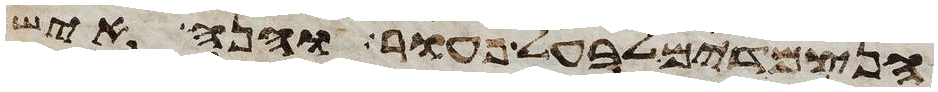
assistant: הנצמדים לבעל פעור והנה איש